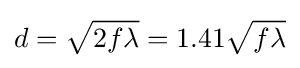
d={\sqrt {2f\lambda }}=1.41{\sqrt {f\lambda }}